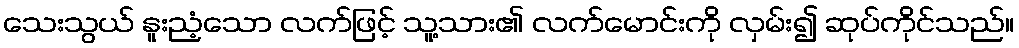
သေးသွယ် နူးညံ့သော လက်ဖြင့် သူ့သား၏ လက်မောင်းကို လှမ်း၍ ဆုပ်ကိုင်သည်။